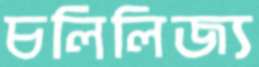
চলিলিজ্য